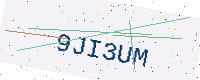
Text: 9JI3UM